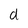
Character: d